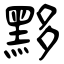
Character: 黟